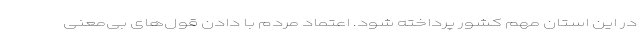
در این استان مهم کشور پرداخته شود. اعتماد مردم با دادن قول‌های بی‌معنی